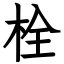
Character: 栓